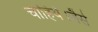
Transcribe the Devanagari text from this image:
चाहिये।जैसे